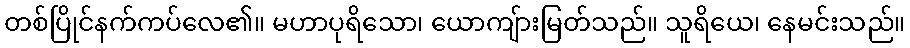
တစ်ပြိုင်နက်ကပ်လေ၏။ မဟာပုရိသော၊ ယောကျ်ားမြတ်သည်။ သူရိယေ၊ နေမင်းသည်။